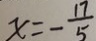
x = - \frac { 1 7 } { 5 }